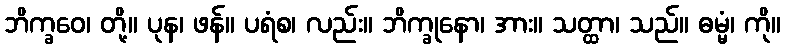
ဘိက္ခဝေ၊ တို့။ ပုန၊ ဖန်။ ပရံစ၊ လည်း။ ဘိက္ခုနော၊ အား။ သတ္ထာ၊ သည်။ ဓမ္မံ၊ ကို။